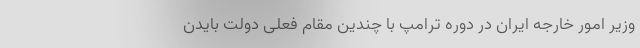
وزیر امور خارجه ایران در دوره ترامپ با چندین مقام فعلی دولت بایدن